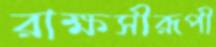
রাক্ষসীরূপী